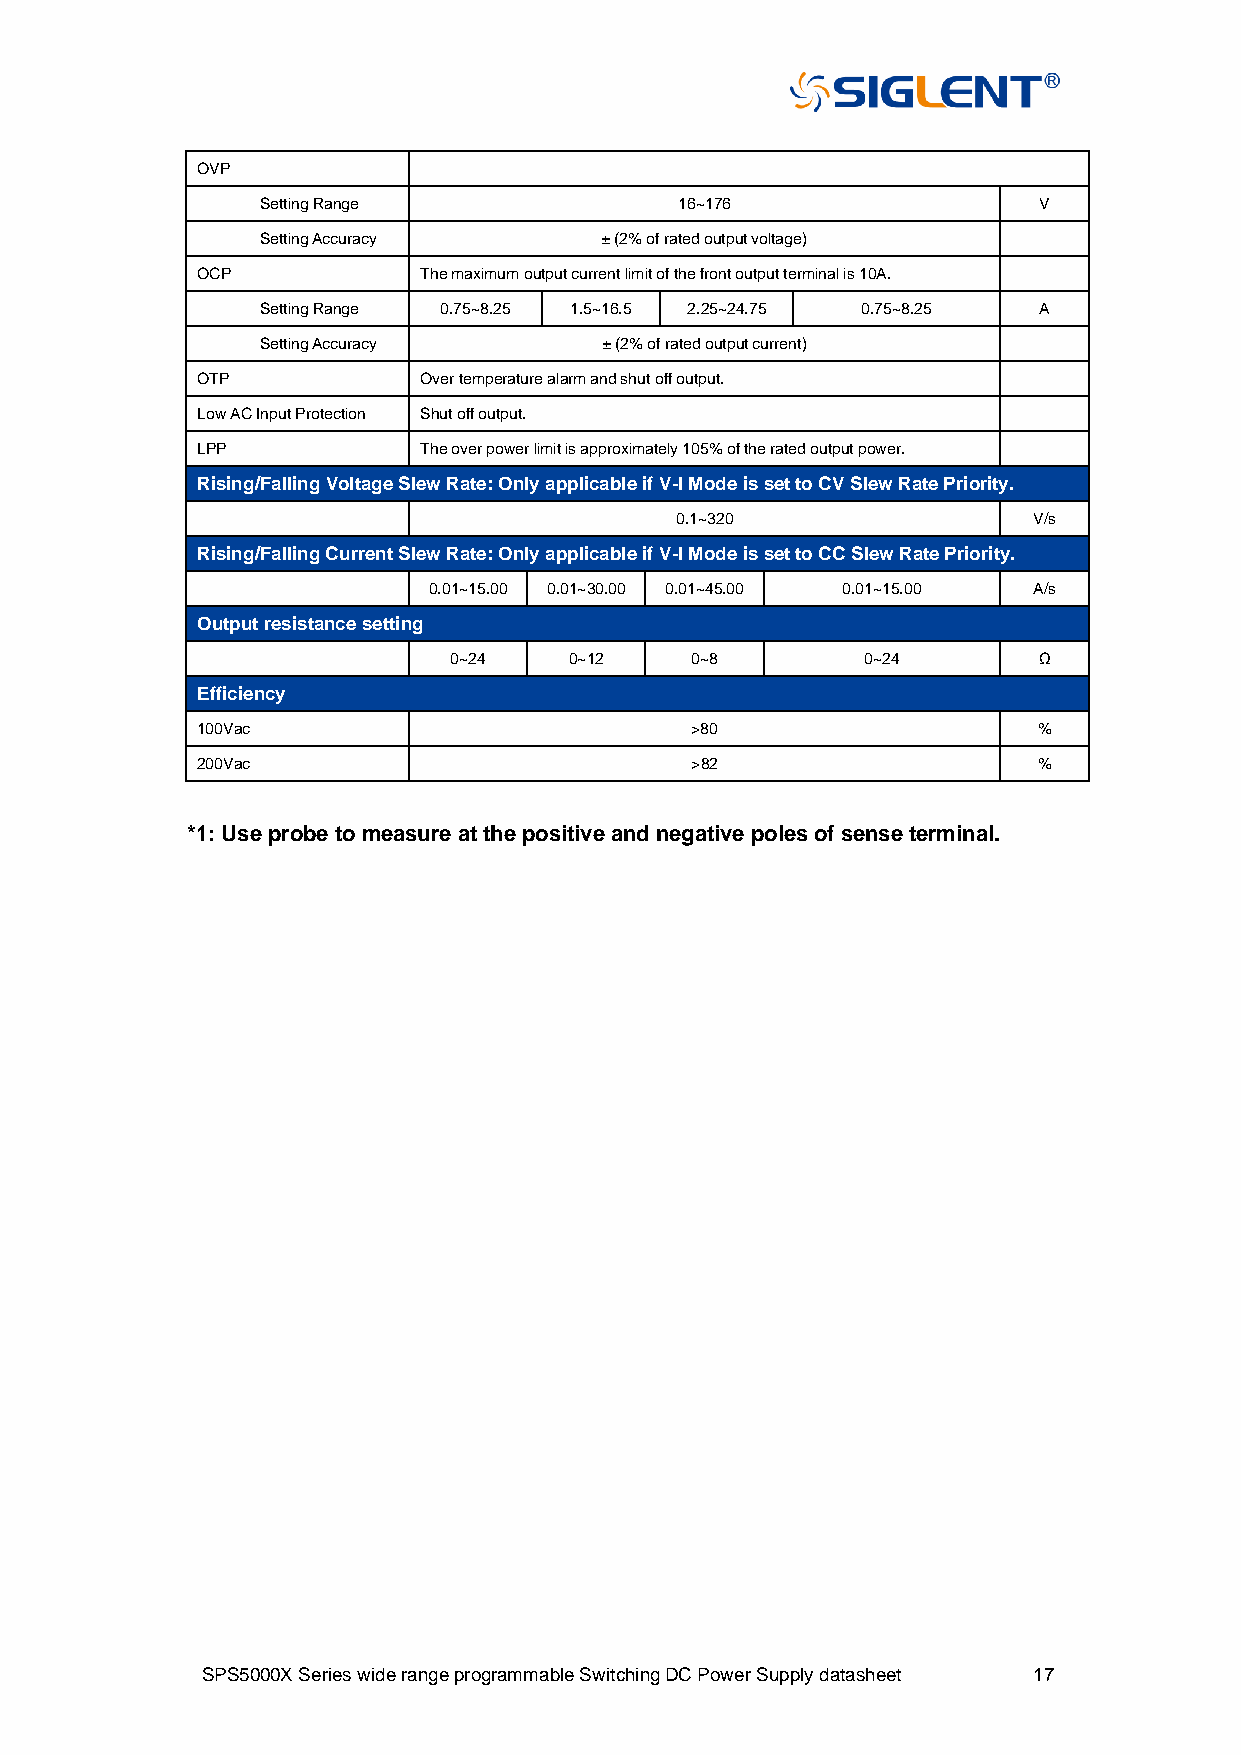
OVP
 Setting Range               16~176                  V
 Setting Accuracy       ± (2% of rated output voltage)
 OCP            The maximum output current limit of the front output terminal is 10A.
 Setting Range 0.75~8.25 1.5~16.5 2.25~24.75 0.75~8.25 A
 Setting Accuracy       ± (2% of rated output current)
 OTP            Over temperature alarm and shut off output.
 Low AC Input Protection Shut off output.
 LPP            The over power limit is approximately 105% of the rated output power.
 Rising/Falling Voltage Slew Rate: Only applicable if V-I Mode is set to CV Slew Rate Priority.
 0.1~320                V/s
 Rising/Falling Current Slew Rate: Only applicable if V-I Mode is set to CC Slew Rate Priority.
 0.01~15.00 0.01~30.00 0.01~45.00 0.01~15.00 A/s
 Output resistance setting
 0~24    0~12    0~8        0~24        Ω
 Efficiency
 100Vac                           >80                    %
 200Vac                           >82                    %
 *1: Use probe to measure at the positive and negative poles of sense terminal.
 SPS5000X Series wide range programmable Switching DC Power Supply datasheet 17